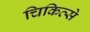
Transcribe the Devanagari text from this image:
चिकित्से